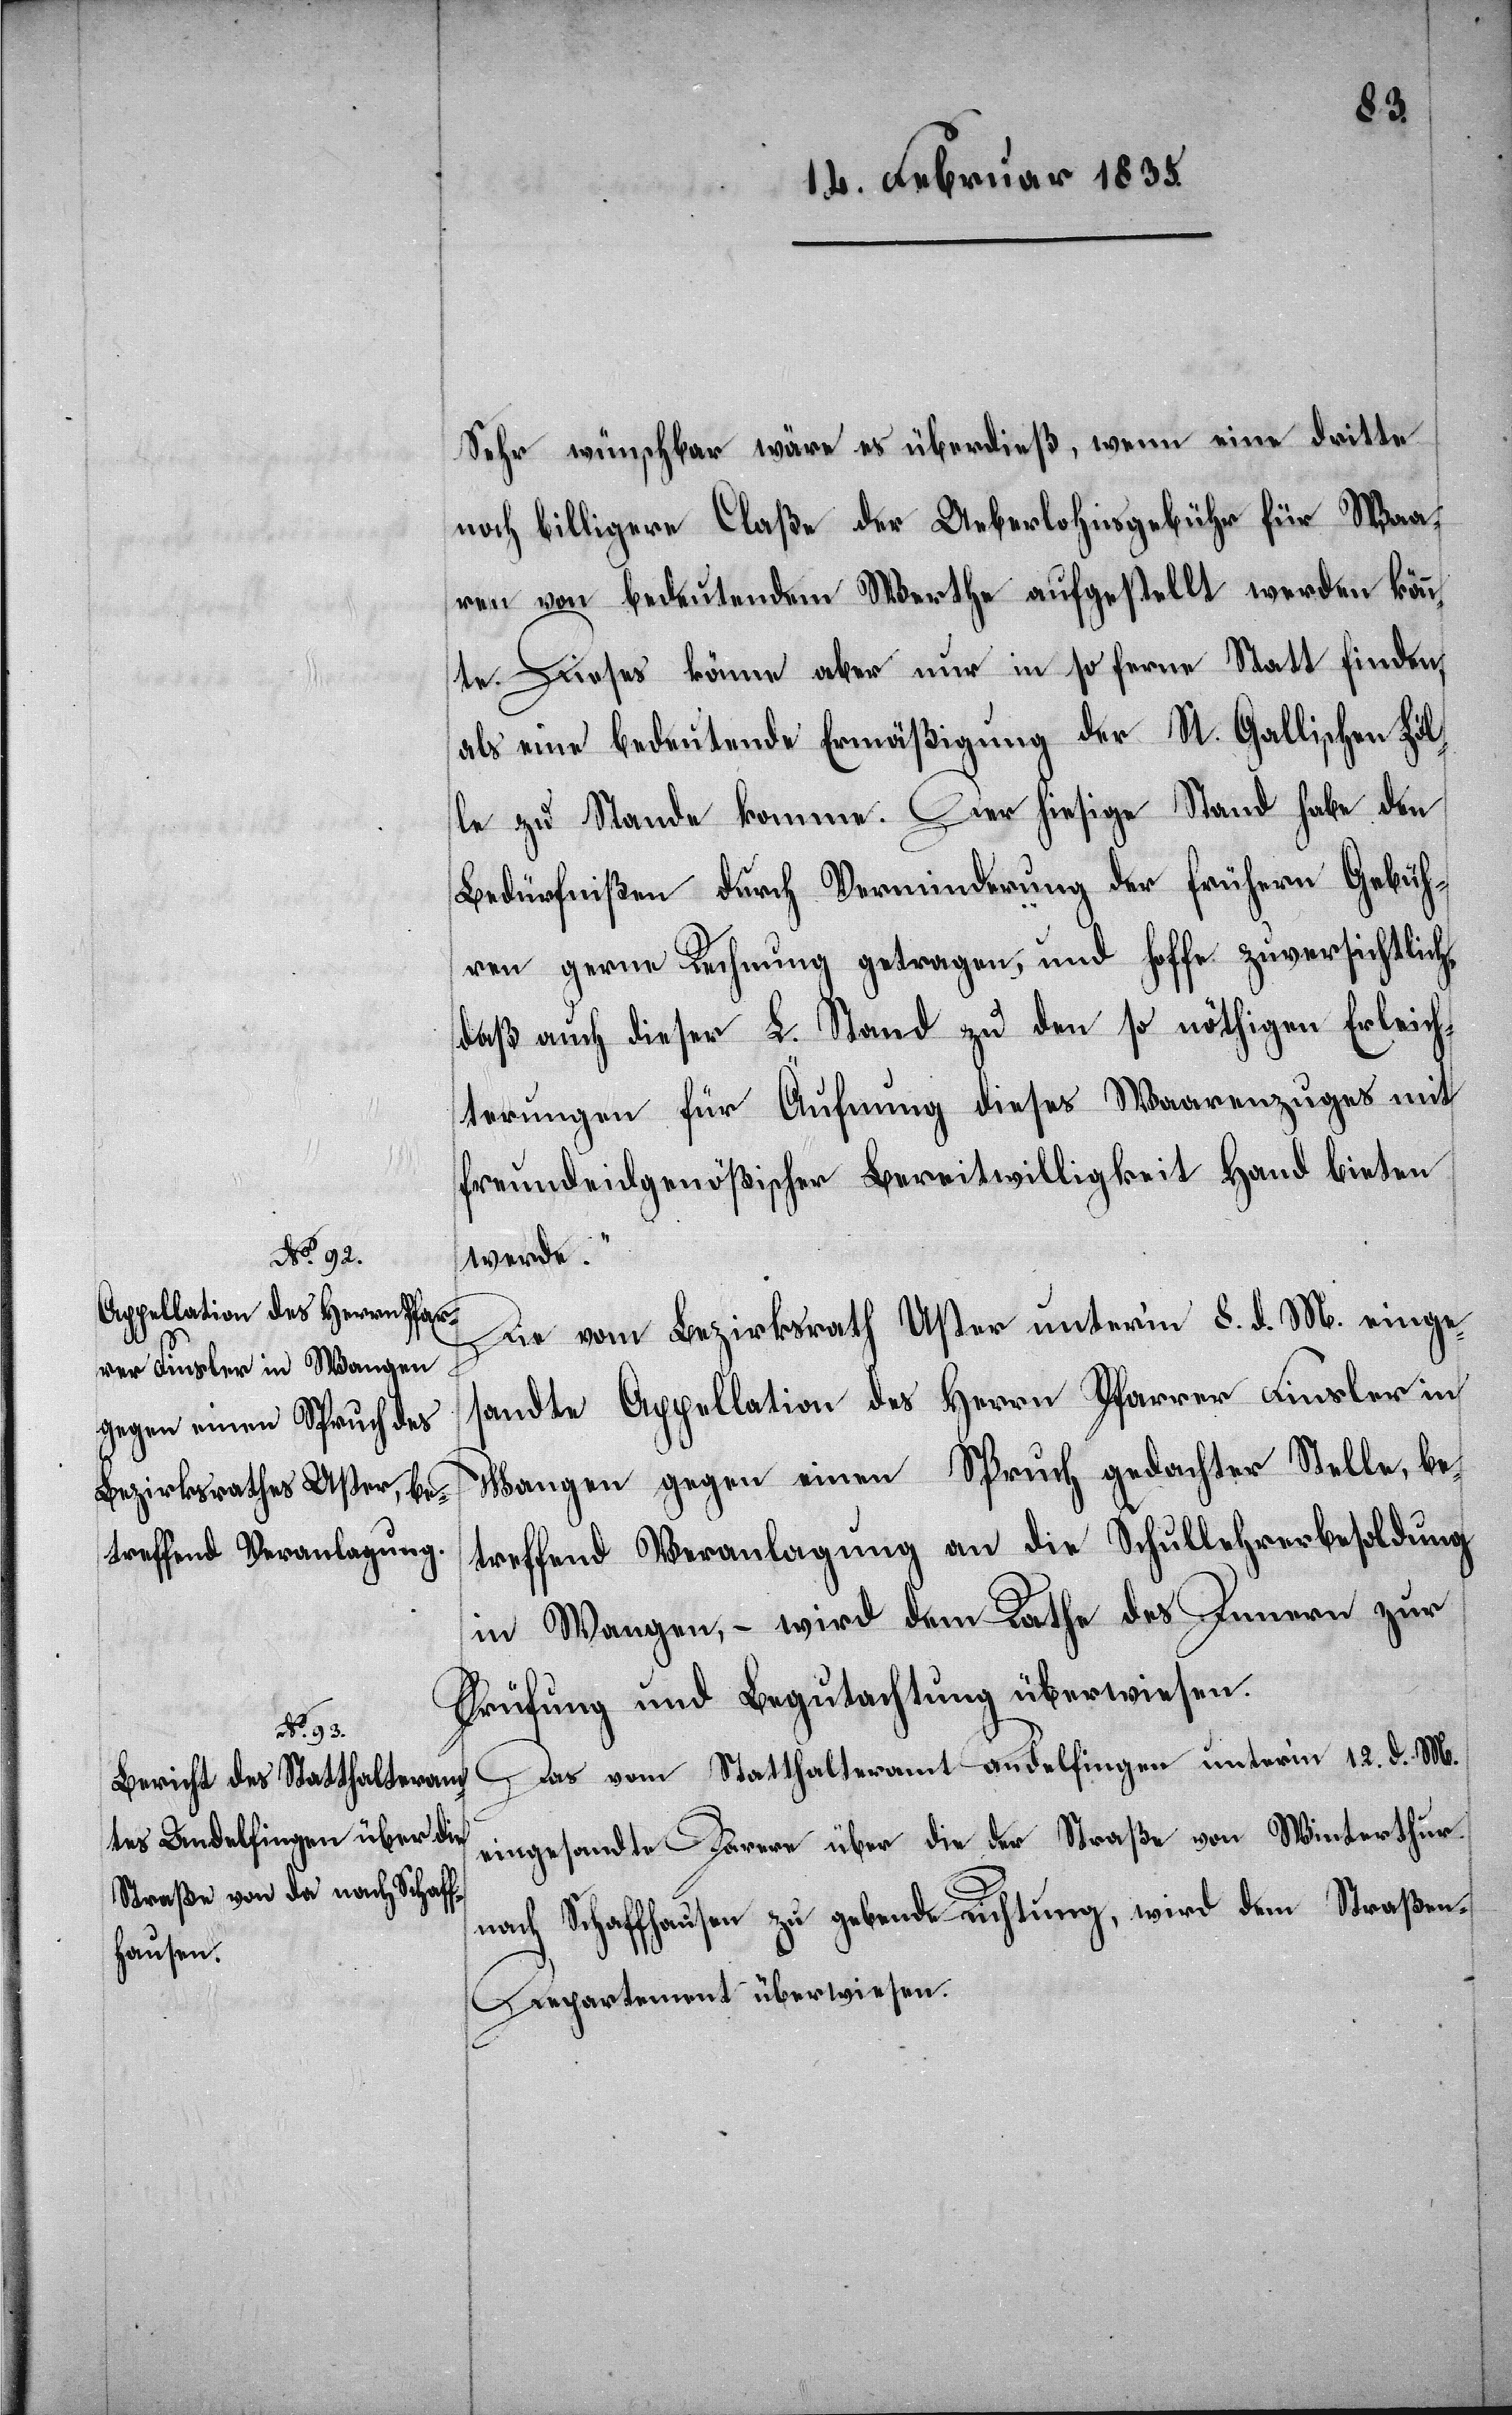
Sehr wünschbar wäre es überdieß, wenn eine dritte
noch billigere Claße der Ueberlohnsgebühr für Waa¬
ren von bedeutendem Werthe aufgestellt werden könn¬
te. Dieses könne aber nur in so ferne Statt finden,
als eine bedeutende Ermäßigung der St. Gallischen Zöl¬
le zu Stande komme. Der hiesige Stand habe den
Bedürfnißen durch Verminderung der frühern Gebüh¬
ren gerne Rechnung getragen, und hoffe zuversichtlich,
daß auch dieser L. Stand zu den so nöthigen Erleich¬
terungen für Äufnung dieses Waarenzuges mit
freundeidgenößischer Bereitwilligkeit Hand bieten
werde.“
Die vom Bezirksrath Uster unterm 8. d. M. einge¬
sandte Appellation des Herrn Pfarrer Finsler in
Wangen gegen einen Spruch gedachter Stelle, be¬
treffend Veranlagung an die Schullehrerbesoldung
in Wangen, – wird dem Rathe des Innern zur
Prüfung und Begutachtung überwiesen.
Das vom Statthalteramt Andelfingen unterm 12. d. M.
eingesandte Parere über die der Straße von Winterthur
nach Schaffhausen zu gebende Richtung, wird dem Straße¬
n-Departement überwiesen.